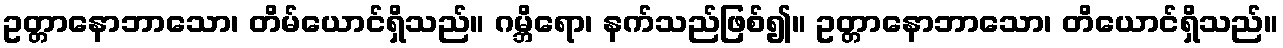
ဥတ္တာနောဘာသော၊ တိမ်ယောင်ရှိသည်။ ဂမ္ဘိရော၊ နက်သည်ဖြစ်၍။ ဥတ္တာနောဘာသော၊ တိယောင်ရှိသည်။